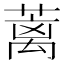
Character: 蓠